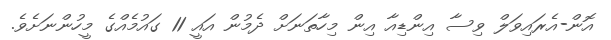
އޮން-އެރައިވަލް ވިސާ އިންޑިއާ އިން މިހާތަނަށް ދެމުން އައީ 11 ގައުމެއްގެ މީހުންނަށެވެ.